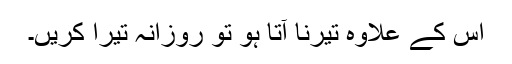
اس کے علاوہ تیرنا آتا ہو تو روزانہ تیرا کریں۔